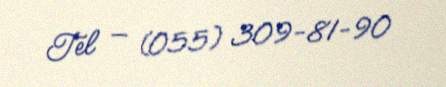
Tel — (055) 309-81-90